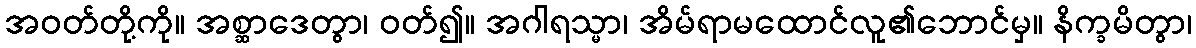
အဝတ်တို့ကို။ အစ္ဆာဒေတွာ၊ ဝတ်၍။ အဂါရသ္မာ၊ အိမ်ရာမထောင်လူ၏ဘောင်မှ။ နိက္ခမိတွာ၊